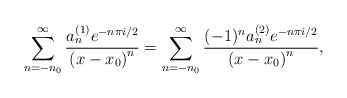
\begin{align*}\sum_{n=-n_0}^{\infty }\frac{a_n^{(1)}e^{-n\pi i/2}}{\left( x-x_0\right)^n}= \sum_{n=-n_0}^{\infty }\frac{(-1)^na_n^{(2)}e^{-n\pi i/2}}{\left( x-x_0\right)^n}, \end{align*}